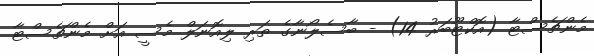
މެންޗެސްޓާ (އޮކްޓޫބަރު 14) - ބާސެލޯނާގެ ތަރި ލިއޮނަލް މެސީ އަށް މެންޗެސްޓާ